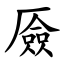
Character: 厱